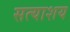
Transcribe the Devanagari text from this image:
सत्याशय